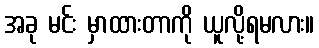
အခု မင်း မှာထားတာကို ယူလို့ရမလား။